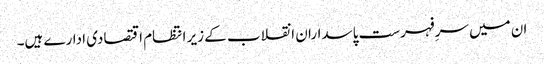
ان میں سرِفہرست پاسداران انقلاب کے زیر انتظام اقتصادی ادارے ہیں۔